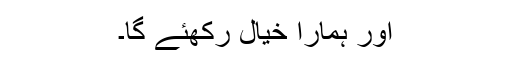
اور ہمارا خیال رکھئے گا۔